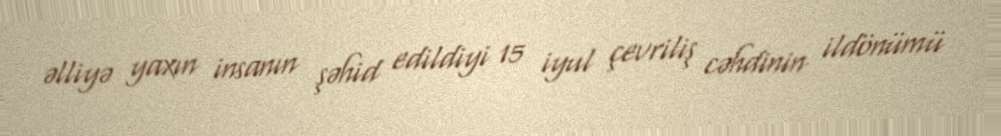
əlliyə yaxın insanın şəhid edildiyi 15 iyul çevriliş cəhdinin ildönümü